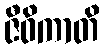
ဇီဝိကာတိ